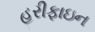
હરીફાઇન